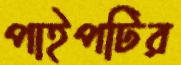
পাইপটির